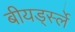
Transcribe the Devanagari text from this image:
बीयर्ड्स्ले